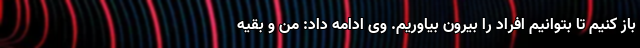
باز کنیم تا بتوانیم افراد را بیرون بیاوریم. وی ادامه داد: من و بقیه